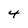
Character: 4